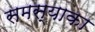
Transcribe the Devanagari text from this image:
समस्याका